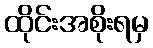
ထိုင်းအစိုးရမှ